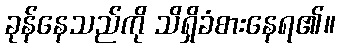
ခုန်နေသည်ကို သိရှိခံစားနေရ၏။